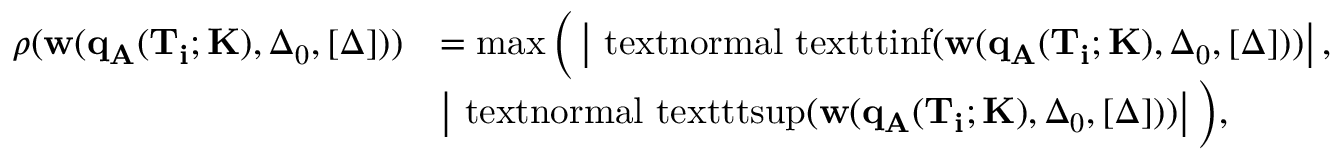
\begin{array} { r l } { \rho ( \mathbf { w } ( \mathbf { q _ { A } } ( \mathbf { T _ { i } } ; \mathbf { K } ) , \Delta _ { 0 } , [ \Delta ] ) ) } & { = \operatorname* { m a x } \Big ( \left\vert { \mathrm { \ t e x t n o r m a l { \ t e x t t t { i n f } } } } ( \mathbf { w } ( \mathbf { q _ { A } } ( \mathbf { T _ { i } } ; \mathbf { K } ) , \Delta _ { 0 } , [ \Delta ] ) ) \right\vert , } \\ & { \left\vert { \mathrm { \ t e x t n o r m a l { \ t e x t t t { s u p } } } } ( \mathbf { w } ( \mathbf { q _ { A } } ( \mathbf { T _ { i } } ; \mathbf { K } ) , \Delta _ { 0 } , [ \Delta ] ) ) \right\vert \Big ) , } \end{array}